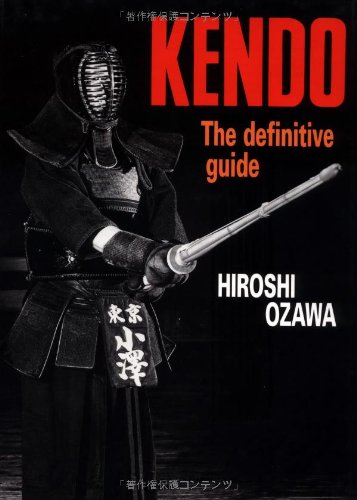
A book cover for Kendo: The Definitive Guide; Hiroshi Ozawa; Sports & Outdoors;